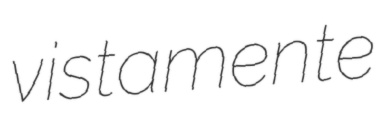
vistamente